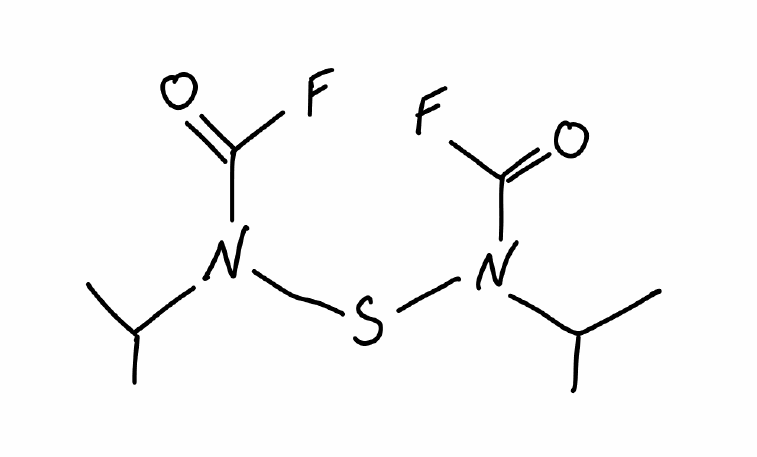
Simplified molecular-input line-entry system (SMILES) notation of the given molecule:
CC(C)N(C(=O)F)SN(C(C)C)C(=O)F